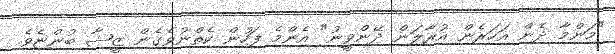
"މަންމާ ދެން އަހަރެން އުރާލަން ދޭންވީނު" އެންމެ ފަހުން ކެތްނުވެގެން ޒީޝާ ބުންޏެވެ.